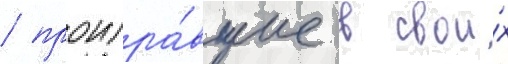
/ проигра́вшие в свои́х